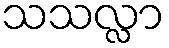
သသလ္လာ